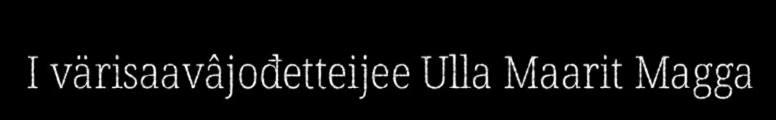
I värisaavâjođetteijee Ulla Maarit Magga